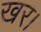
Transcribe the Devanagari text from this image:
खर।